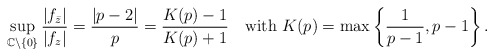
\begin{align*}\sup_{\mathbb C\setminus\{0\}} \frac{|f_{\bar z}|} {|f_{ z}|}= \frac{|p-2|}p =\frac{K(p)-1}{K(p)+1} \quad\mbox{with } K(p)=\max\left\{\frac1{p-1},p-1\right\}.\end{align*}